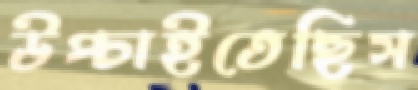
উপ্‌চাইতেছিস